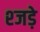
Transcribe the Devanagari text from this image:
श्जड़े